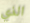
الذي